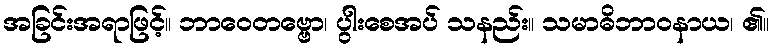
အခြင်းအရာဖြင့်။ ဘာဝေတဗ္ဗော၊ ပွါးစေအပ် သနည်း။ သမာဓိဘာဝနာယ၊ ၏။